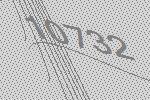
10732